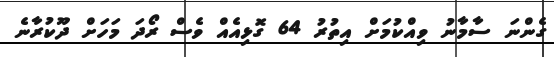
ގެންނަ ސާމާނު ވިއްކުމަށް އިތުރު 64 ގޮޅިއެއް ވެސް ރޯދަ މަހަށް ދޫކުރާނެ